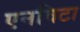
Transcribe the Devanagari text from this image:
एनविटा